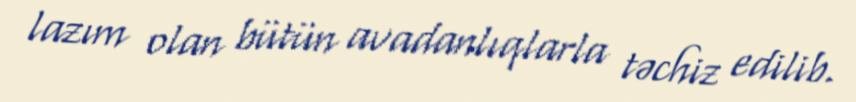
lazım olan bütün avadanlıqlarla təchiz edilib.